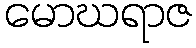
မောဃရာဇ